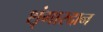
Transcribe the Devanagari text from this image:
शृंगारदान